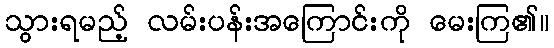
သွားရမည့် လမ်းပန်းအကြောင်းကို မေးကြ၏။